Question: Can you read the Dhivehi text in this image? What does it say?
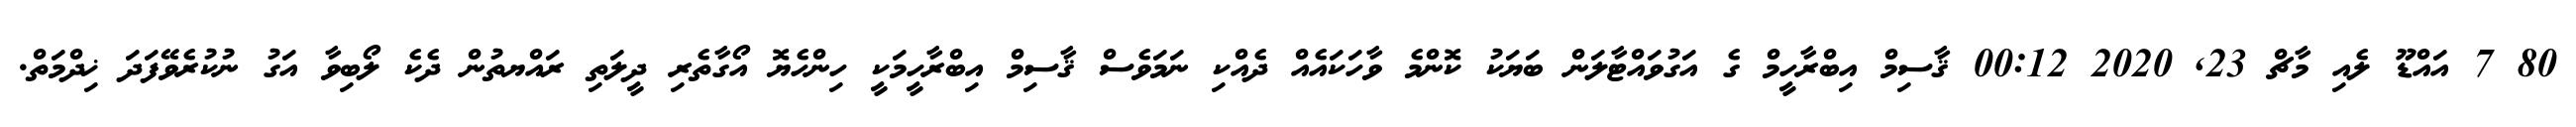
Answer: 80 7 އައްޑޫ ލެއި މާޗް 23, 2020 00:12 ޤާސިމް އިބްރާހީމް ގެ އަގުވައްޓާލަން ބަޔަކު ކޮންމެ ވާހަކައެއް ދެއްކި ނަމަވެސް ޤާސިމް އިބްރާހީމަކީ ހިންހެޔޮ އޯގާތެރި ދީލަތި ރައްޔތުން ދެކެ ލޯބިވާ އަގު ނުކުރެވޭފަދަ ޚިދްމަތް.